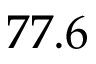
7 7 . 6